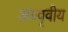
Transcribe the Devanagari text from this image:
अध्वृवीय